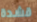
قشدة